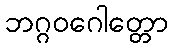
ဘဂ္ဂဝဂေါတ္တော